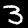
Digit: 3